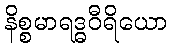
နိစ္စမာရဒ္ဓဝီရိယော